Annual statistical returns and brief notes on vaccination in Bengal - 1896-1909
Year: 1896
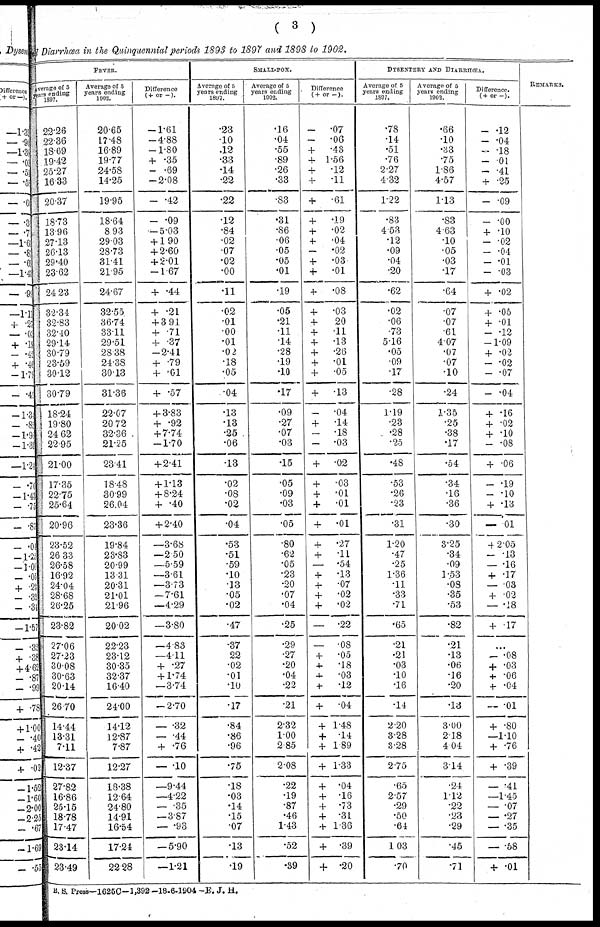
( 3 )
and Diarrhœa in the Quinquennial periods 1893 to 1897 and 1898 to 1902.
FEVER .
Average of 5
years ending
1897.
22.26
22.36
18.69
19.42
25.27
16.33
20.37
18.73
13.96
27.13
26.13
29.40
23.62
24.23
32.34
32.83
32.40
29.14
30.79
23.59
30.12
30.79
18.24
19.80
24.62
22.95
21.00
17.35
22.75
25.64
20.96
23.52
26.33
26.58
16.92
24.04
28.68
26.25
23.82
27.06
27.23
30.08
30.63
20.14
26.70
14.44
13.31
7.11
12.37
27.82
16.86
25.15
18.78
17.47
23.14
23.49
Average of 5
years ending
1902.
20.65
17.48
16.89
19.77
24.58
14.25
19.95
18.64
8.93
29.03
28.73
31.41
21.95
24.67
32.55
36.74
33.11
29.51
28.38
24.38
30.13
31.36
22.07
20.72
32.36
21.25
23.41
18.48
30.99
26.04
23.36
19.84
23.83
20.99
13.31
20.31
21.01
21.96
20.02
22.23
23.12
30.35
32.37
16.40
24.00
14.12
12.87
7.87
12.27
18.38
12.64
24.80
14.91
16.54
17.24
22.23
Difference
(+ or —).
—1.61
—4.88
—1.80
+ .35
— .69
—2.08
— .42
— .09
— 5.03
+ 1.90
+ 2.60
+ 2.01
—1.67
+ .44
+ .21
+ 3.91
+ .71
+ .37
—2.41
+ .79
+ .01
+ .57
+ 3.83
+ .92
+ 7.74
—1.70
+ 2.41
+ 1.13
+ 8.24
+ .40
+ 2.40
—3.68
—2.50
—5.59
—3.61
—3.73
—7.61
—4.29
—3.80
—4.83
—4.11
+ .27
+ 1.74
—3.74
— 2.70
— .32
— .44
+ .76
— .10
—9.44
—4.22
— .35
— 3.87
— .93
— 5.90
—1.21
SMALL-POX.
Average of 5
years ending
1897.
.23
.10
.12
.33
.14
.22
.22
.12
.84
.02
.07
.02
.00
.11
.02
.01
.00
.01
.02
.18
.05
.04
.13
.13
.25
.06
.13
.02
.08
.02
.04
.53
.51
.59
.10
.13
.05
.02
.47
.37
22
.02
.01
.10
.17
.84
.86
.96
.75
.18
.03
.14
.15
.07
.13
.19
Average of 5
years ending
1902.
.16
.04
.55
.89
.26
.33
.83
.31
.86
.06
.05
.05
.01
.19
.05
.21
.11
.14
.28
.19
.10
.17
.09
.27
.07
.03
.15
.05
.09
.03
.05
.80
.62
.05
.23
.20
.07
.04
.25
.29
.27
.20
.04
.22
.21
2.32
1.00
2.85
2.08
.22
.19
.87
.46
1.43
.52
.39
Difference
(+or—).
— .07
— .06
+
.43
+ 1.56
+
.12
+
.11
+
.61
+
.19
+
.02
+
.04
— .02
+
.03
+
.01
+
.08
+
.03
+
20
+
.11
+
.13
+
.26
+
.01
+
.05
+
.13
— .04
+
.14
— .18
— .03
+
.02
+
.03
+
.01
+
.01
+
.01
+
.27
+
.11
— .54
+
.13
+
.07
+
.02
+
.02
— .22
— .08
+
.05
+
.18
+
.03
+
.12
+
.04
+ 1.48
+ .14
+ 1.89
+ 1.33
+ .04
+ .16
+ .73
+ .31
+ 1.36
+ .39
+ .20
DYSENTERY AND DIARRHŒA.
Average of 5
years ending
1897.
.78
.14
.51
.76
2.27
4.32
1.22
.83
4.53
.12
.09
.04
.20
.62
.02
.06
.73
5.16
.05
.09
.17
.28
1.19
.23
.28
.25
.48
.53
.26
.23
.31
1.20
.47
.25
1.36
.11
.33
.71
.65
.21
.21
.03
.10
.16
.14
2.20
3.28
3.28
2.75
.65
2.57
.29
.50
.64
1.03
.70
Average of 5
years ending
1902.
.66
.10
.33
.75
1.86
4.57
1.13
.83
4.63
.10
.05
.03
.17
.64
.07
.07
.61
4.07
.07
.07
.10
.24
1.35
.25
.38
.17
.54
.34
.16
.36
.30
3.25
.34
.09
1.53
.08
.35
.53
.82
.21
.13
.06
.16
.20
.13
3.00
2.18
4.04
3.14
.24
1.12
.22
.23
.29
.45
.71
Difference.
(+ or —).
—.12
— .04
— .18
— . 01
— .41
+ .25
— .09
— .00
+ .10
— .02
— .04
— .01
— .03
+ .02
+ .05
+ .01
— .12
—1.09
+ .02
— .02
— .07
— .04
+ .16
+ .02
+ .10
— .08
+ .06
— .19
— .10
+ .13
— .01
+2.05
— .13
— .16
+ .17
— .03
+ .02
— .18
+ .17
...
— .08
+ .03
+ .06
+ .04
— .01
+ .80
—1.10
+ .76
+ .39
— .41
—1.45
— .07
— .27
— .35
— .58
+ .01
REMARKS.
B. S. Press—1625C—1,392—18-6-1904 —E. J. H.